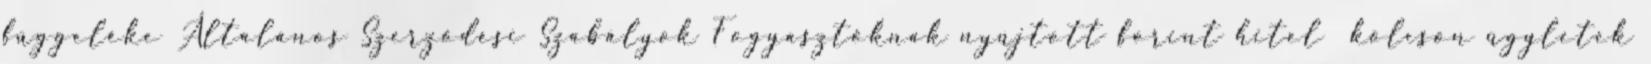
függeléke Általános Szerződési Szabályok Fogyasztóknak nyújtott forint hitel kölcsön ügyletek